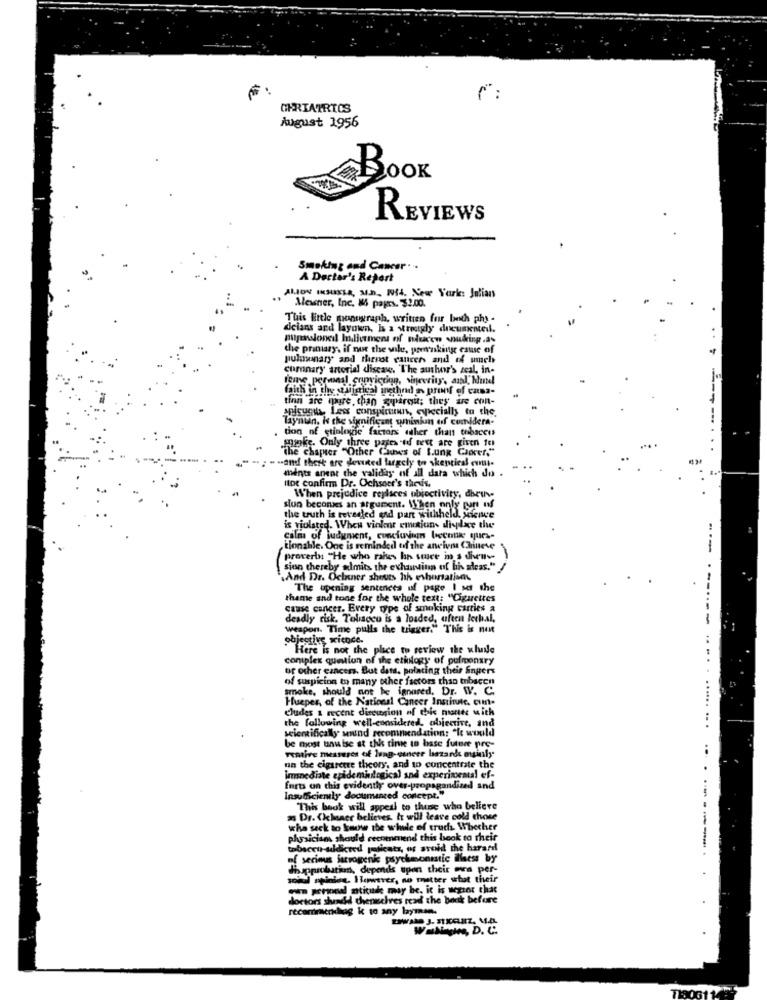
F:
GERIATRICS
August 1956
BOOK
REVIEWS
Smoking and Cancer ..
A Doctor's Report
AMON IKUKLA, M.D, Ni4. New York: Julian
Messner, Inc. 86 paprs. $2.00.
This Ertle ponegraph, written for both phy -
deians and layown, Is a streetgly documented.
pupawionedl Ilivement of naucen nuking .a.
the primary, if not the wile, poenking estuse of
pulmonary and thrnot cancer and of umel
coronary arterial disease, The author's zeal, in-
faith in the stijgtical incthnd a pronf of casa-
tinn are mpure than sparesu; they are con-
spicygus, Less conspicuun, ewiecially to the.
Taynun, Is the significant unimkan of comidera-
. tion of etiologie factors other than tobaccos
mike. Only three pates-idf test are given to
the chapter "Other Cases of Lung Cancer."
-- and there are devuted largely to skepriest evn-
mints anent the validay of ill data which do .
Itot confirm Dr. Ochsoer's thevis,
When prejudice replaces ubioctivity, dhruve
siun beconses an argument. When only pont of
the truth is tersded end pan withheld.
is violated. Whew violent emotions dispiace the
calm of judgment, conclusion boccolik qurs-
tionable. One is reminded of the ancivous Chinese
proverbs "He who rahes han sauce in a dieus
sion thereby almits the exhausinn of hh aleas."
And Dr. Ochner shouts hh esbortations
The upening sentences of page I set the
thame and tone for the whole text: "Cigarettes
cause cancer. Every type of smoking carries a
deadly risk. Taliaccu is a loaded, often lechal,
weapon. Time pulls the trigger." This is not
objective xicoce.
Here is not the place to review the whale
complex question of the etiology of pulmonary
or other cancers. But dats. polating their fingers
of suspicion to many other factors than tobacen
smoke, should not be ignored. Dr. W. C.
Hueper, of the National Cancer Institute. cun.
eludes a recent discusion of this mante with
the following well-considered, objective, and
wecientifically sound recommendation: "It would
be most unutse at this time to base future pre-
remive measures of lung cancer bazarde mily
un the cigarette theory, and to concentrate the
immediate epidemilogical and experimental ef-
forts on this evidently over-propagandized and
Insufficiently documented concept."
This book will appeal to thene who believe
a Dr. Cihaner believes. It will leave cold those
who seek to kouwe
o Ywow the whole of truch Whether
physician should recommend this book to their
tabacci-addicted posicatz, os avoid the harard
of serious jarrogenk psychmonistic ilisess by
mhapprobation, depends upon their eva per-
soil opinion. However, no matter what their
en pergndl atitude may be, it is wegtor that
-
doctors shund thenachves read the back before
recommendhaag k to any layman.
TH